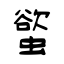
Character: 螸